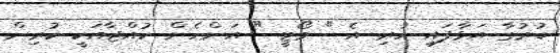
ބުރުގާ އަޅާފައި ހުރި އެ " މޯޓީ " އަންހެން ކުއްޖާއަކީ ކުރިން